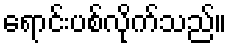
ရောင်းပစ်လိုက်သည်။